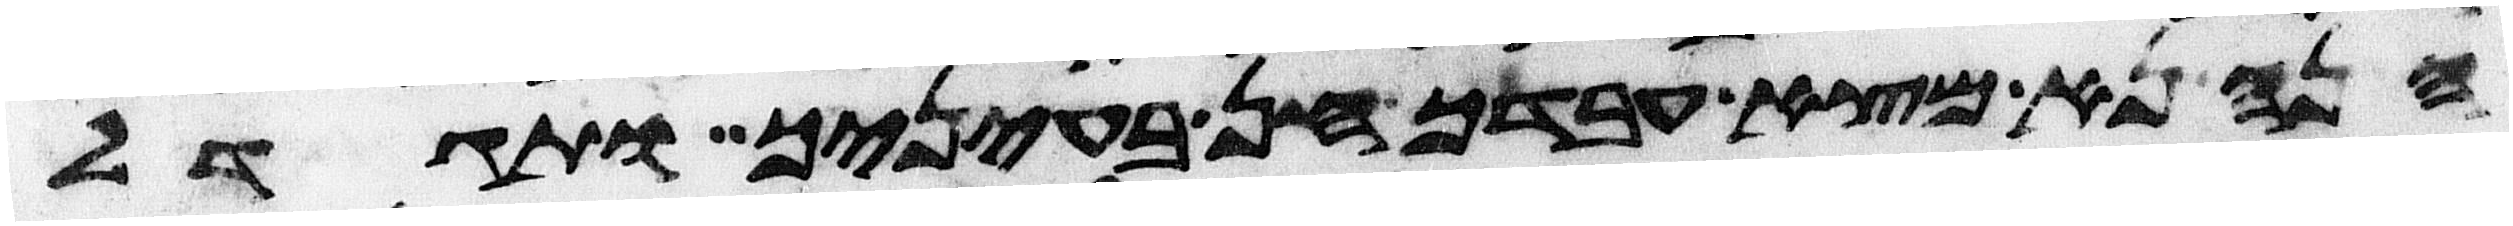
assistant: הנה נא מצא עבדך חן בעיניך ותגדל